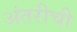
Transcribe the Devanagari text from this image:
अंतरीची